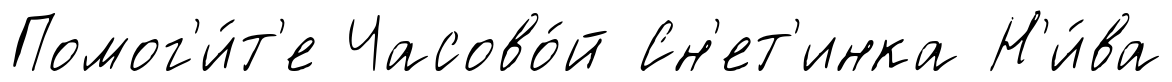
Помог'и́т'е Часово́й Сн'ет'инка Н'и́ва